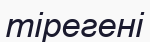
тірегені